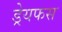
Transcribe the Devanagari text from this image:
ड्रेयफस